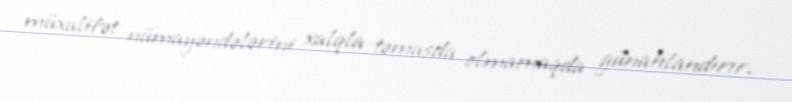
müxalifət nümayəndələrini xalqla təmasda olmamaqda günahlandırır.